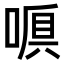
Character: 𠺍